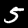
Label: 5